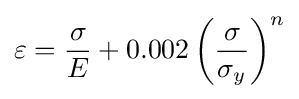
\varepsilon ={\frac {\sigma }{E}}+0.002\left({\frac {\sigma }{\sigma _{y}}}\right)^{n}